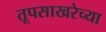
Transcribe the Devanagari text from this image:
तूपसाखरेच्या